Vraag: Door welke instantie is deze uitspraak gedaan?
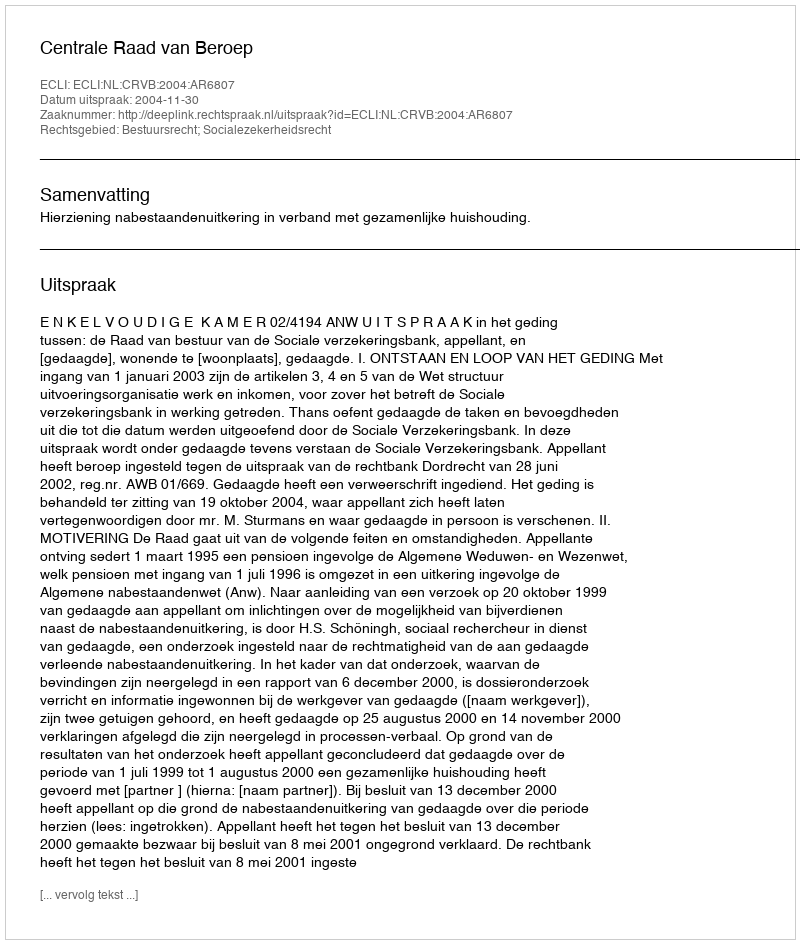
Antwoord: Centrale Raad van Beroep